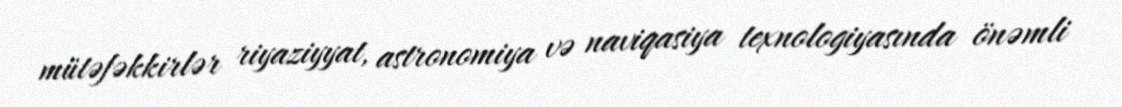
mütəfəkkirlər riyaziyyat, astronomiya və naviqasiya texnologiyasında önəmli